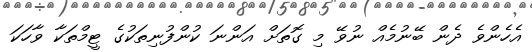
އެހެންވެ ދެން ބޭނުމެއް ނުވޭ މި ގޮތަށް އަންނަ ކުންފުނިތަކުގެ ޓީމްތަކާ ވާހަކަ